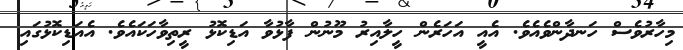
މިހާރުވެސް ހަނދާންވެއެވެ. އެއީ އަހަރެން ހީލާއިރު މޫނުން ފާޅުވާ އަޑިކޮޅު ރީތިވާހަކައެވެ. އެއަޑިކޮޅުގައި